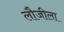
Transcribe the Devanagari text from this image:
लौजीला